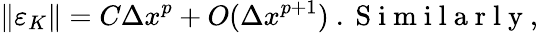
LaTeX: \left\| \varepsilon_{K}\right\| =C\Delta x^{p}+O(\Delta x^{p+1})\mathrm{~.~S~i~m~i~l~a~r~l~y~,~}